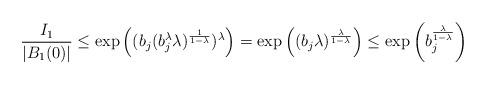
LaTeX: \begin{align*} \frac{I_1}{|B_1(0)|} \le \exp\left((b_j(b^\lambda_j\lambda)^{\frac1{1-\lambda}})^\lambda\right) = \exp\left((b_j\lambda)^{\frac\lambda{1-\lambda}}\right) \le \exp\left(b^{\frac\lambda{1-\lambda}}_j\right)\end{align*}